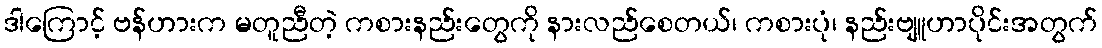
ဒါကြောင့် ဗန်ဟားက မတူညီတဲ့ ကစားနည်းတွေကို နားလည်စေတယ်၊ ကစားပုံ၊ နည်းဗျူဟာပိုင်းအတွက်